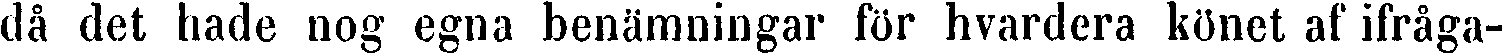
då det hade nog egna benämningar för hvardera könet af ifråga-